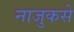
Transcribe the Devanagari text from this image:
नाजुकसे